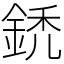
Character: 鋵